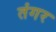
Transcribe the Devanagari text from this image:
तंगर